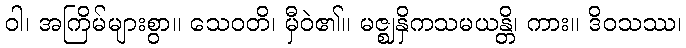
ဝါ၊ အကြိမ်များစွာ။ သေဝတိ၊ မှီဝဲ၏။ မဇ္ဈနှိကသမယန္တိ၊ ကား။ ဒိဝသဿ၊